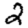
Digit: 2